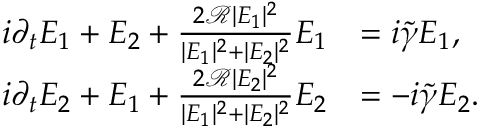
\begin{array} { r l } { i \partial _ { t } E _ { 1 } + E _ { 2 } + \frac { 2 \mathcal R | E _ { 1 } | ^ { 2 } } { | E _ { 1 } | ^ { 2 } + | E _ { 2 } | ^ { 2 } } E _ { 1 } } & { = i \tilde { \gamma } E _ { 1 } , } \\ { i \partial _ { t } E _ { 2 } + E _ { 1 } + \frac { 2 \mathcal R | E _ { 2 } | ^ { 2 } } { | E _ { 1 } | ^ { 2 } + | E _ { 2 } | ^ { 2 } } E _ { 2 } } & { = - i \tilde { \gamma } E _ { 2 } . } \end{array}